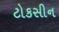
ટોકસીન